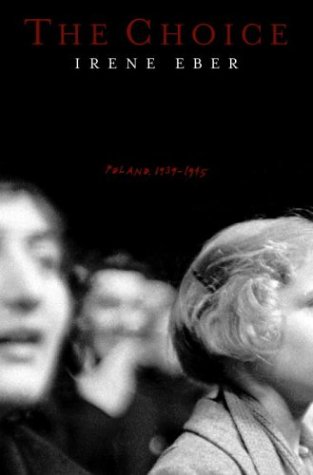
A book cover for The Choice: Poland, 1939-1945; Irene Eber; Biographies & Memoirs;